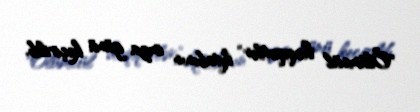
"Ölümcül həqiqətlər" kitabının imza günü keçirilib.